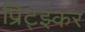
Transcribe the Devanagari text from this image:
प्रिट्झ्कर